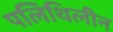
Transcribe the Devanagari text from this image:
पलिथिलीन